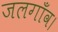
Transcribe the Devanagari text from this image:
जलगाँव।